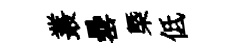
叢罍槩低